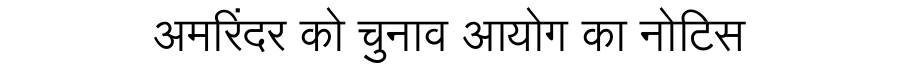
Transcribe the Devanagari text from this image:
अमरिंदर को चुनाव आयोग का नोटिस